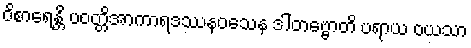
ဝိစာရေန္တိ ပဝတ္တိအာကာရဒဿနဝသေန ဒါတဗ္ဗောတိ ပရာယ ဝယသာ